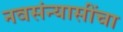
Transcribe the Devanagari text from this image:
नवसंन्यासींचा